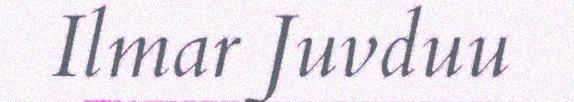
Ilmar Juvduu